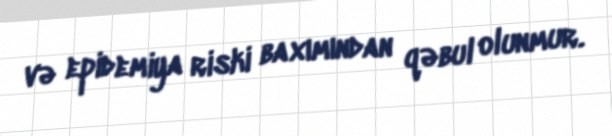
və epidemiya riski baxımından qəbul olunmur.